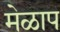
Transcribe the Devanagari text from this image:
मेळाप